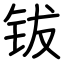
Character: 钹